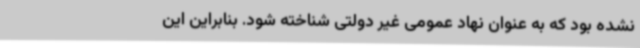
نشده بود که به عنوان نهاد عمومی غیر دولتی شناخته شود. بنابراین این